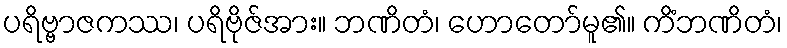
ပရိဗ္ဗာဇကဿ၊ ပရိဗိုဇ်အား။ ဘဏိတံ၊ ဟောတော်မူ၏။ ကိံဘဏိတံ၊